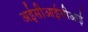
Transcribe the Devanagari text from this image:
अईसीआईसीआई